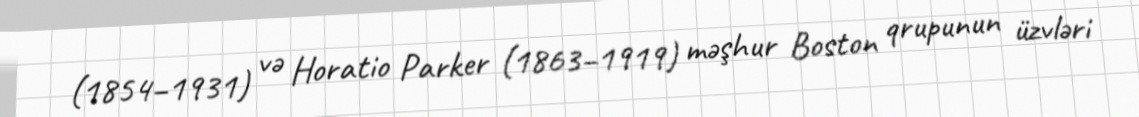
(1854–1931) və Horatio Parker (1863–1919) məşhur Boston qrupunun üzvləri